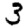
Digit: 3